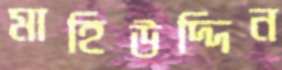
মাহিউদ্দিন